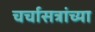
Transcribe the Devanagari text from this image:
चर्चासत्रांच्या